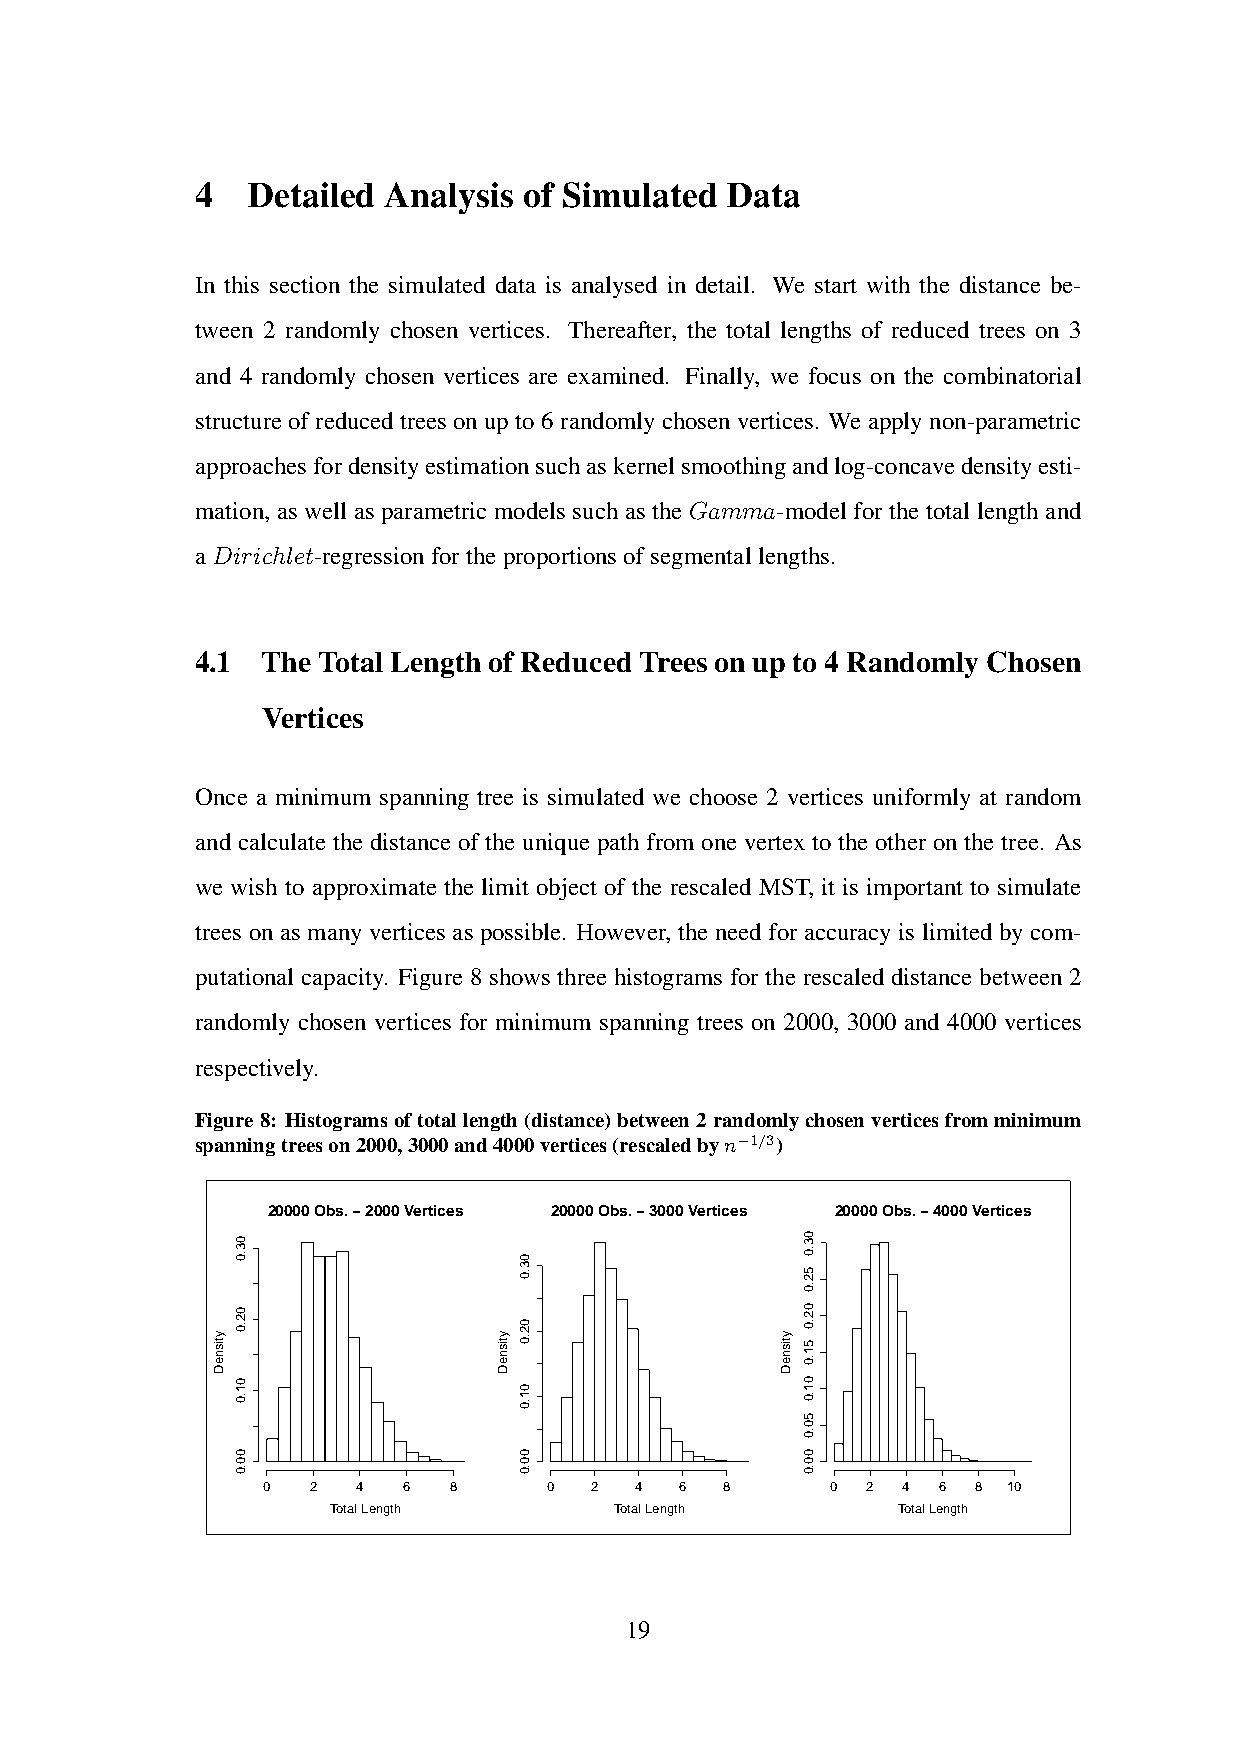
4  Detailed Analysis  of Simulated Data
 In this section the simulated data is analysed in detail. We start with the distance be-
 tween 2 randomly chosen vertices. Thereafter, the total lengths of reduced trees on 3
 and 4 randomly chosen vertices are examined. Finally, we focus on the combinatorial
 structureofreducedtreesonupto6randomlychosenvertices. Weapplynon-parametric
 approachesfordensityestimationsuchaskernelsmoothingandlog-concavedensityesti-
 mation, as well as parametric models such as the Gamma-model for the total length and
 aDirichlet-regressionfortheproportionsofsegmentallengths.
 4.1 The Total Length of Reduced Trees on up to 4 Randomly Chosen
 Vertices
 Once a minimum spanning tree is simulated we choose 2 vertices uniformly at random
 and calculate the distance of the unique path from one vertex to the other on the tree. As
 we wish to approximate the limit object of the rescaled MST, it is important to simulate
 trees on as many vertices as possible. However, the need for accuracy is limited by com-
 putational capacity. Figure 8 shows three histograms for the rescaled distance between 2
 randomly chosen vertices for minimum spanning trees on 2000, 3000 and 4000 vertices
 respectively.
 Figure8: Histogramsoftotallength(distance)between2randomlychosenverticesfromminimum
 spanningtreeson2000,3000and4000vertices(rescaledbyn−1/3)
 20000 Obs. − 2000 Vertices 20000 Obs. − 3000 Vertices 20000 Obs. − 4000 Vertices
 0  2   4  6  8     0  2  4  6  8      0 2  4 6 8  10
 Total Length       Total Length      Total Length
 19
 ytisneD
 03.0
 02.0
 01.0
 00.0
 ytisneD
 03.0
 02.0
 01.0
 00.0
 ytisneD
 03.0
 52.0
 02.0
 51.0
 01.0
 50.0
 00.0